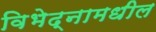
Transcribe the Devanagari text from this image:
विभेद्नामधील